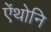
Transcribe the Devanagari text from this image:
ऐंथोनि